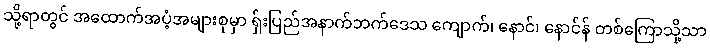
သို့ရာတွင် အထောက်အပံ့အများစုမှာ ရှ်းပြည်အနာက်ဘက်ဒေသ ကျောက်၊ နောင်၊ နောင်န် တစ်ကြောသို့သာ